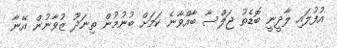
އުފުލައި ލާދީނީ ބޮޑެތު ޖަލްސާ ބާއްވާނެ ކަމަށް ބުނުމުން ތިނަދޫ ޒުވާނުން އޭނާ